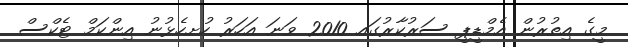
މީގެ އިތުރުން އެމްޑީޕީ ސަރުކާރުގައ 2010 ވަނަ އަހަރު ހުށހެޅުނު އިންކަމް ޓެކްސް